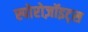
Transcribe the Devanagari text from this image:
स्पोरोज़ॉइट्स